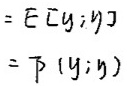
\[
\begin{align*}
&=\mathbb{E}[y; \eta]\\
&=\mathbb{P}(y; \eta)
\end{align*}
\]